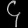
Digit: ၄